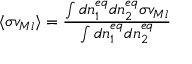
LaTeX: \langle \sigma v _ { M \o l } \rangle = { \frac { \int d n _ { 1 } ^ { e q } d n _ { 2 } ^ { e q } \sigma v _ { M \o l } } { \int d n _ { 1 } ^ { e q } d n _ { 2 } ^ { e q } } }